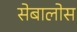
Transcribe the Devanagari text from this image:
सेबालोस